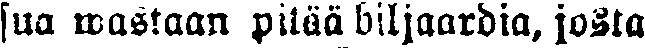
sua wastaan  pitää biljaardia, josta